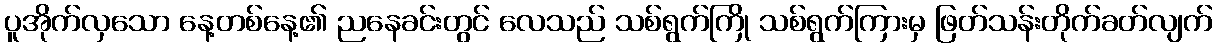
ပူအိုက်လှသော နေ့တစ်နေ့၏ ညနေခင်းတွင် လေသည် သစ်ရွက်ကြို သစ်ရွက်ကြားမှ ဖြတ်သန်းတိုက်ခတ်လျက်